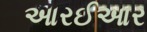
આરઈઆર